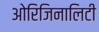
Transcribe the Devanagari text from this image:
ओरिजिनालिटी